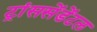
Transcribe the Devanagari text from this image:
ट्रांससेंडेंटल